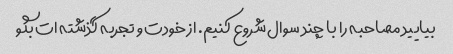
بیایید مصاحبه را با چند سوال شروع کنیم. از خودت و تجربه گذشته ات بگو